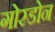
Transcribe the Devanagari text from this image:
गोरडोन